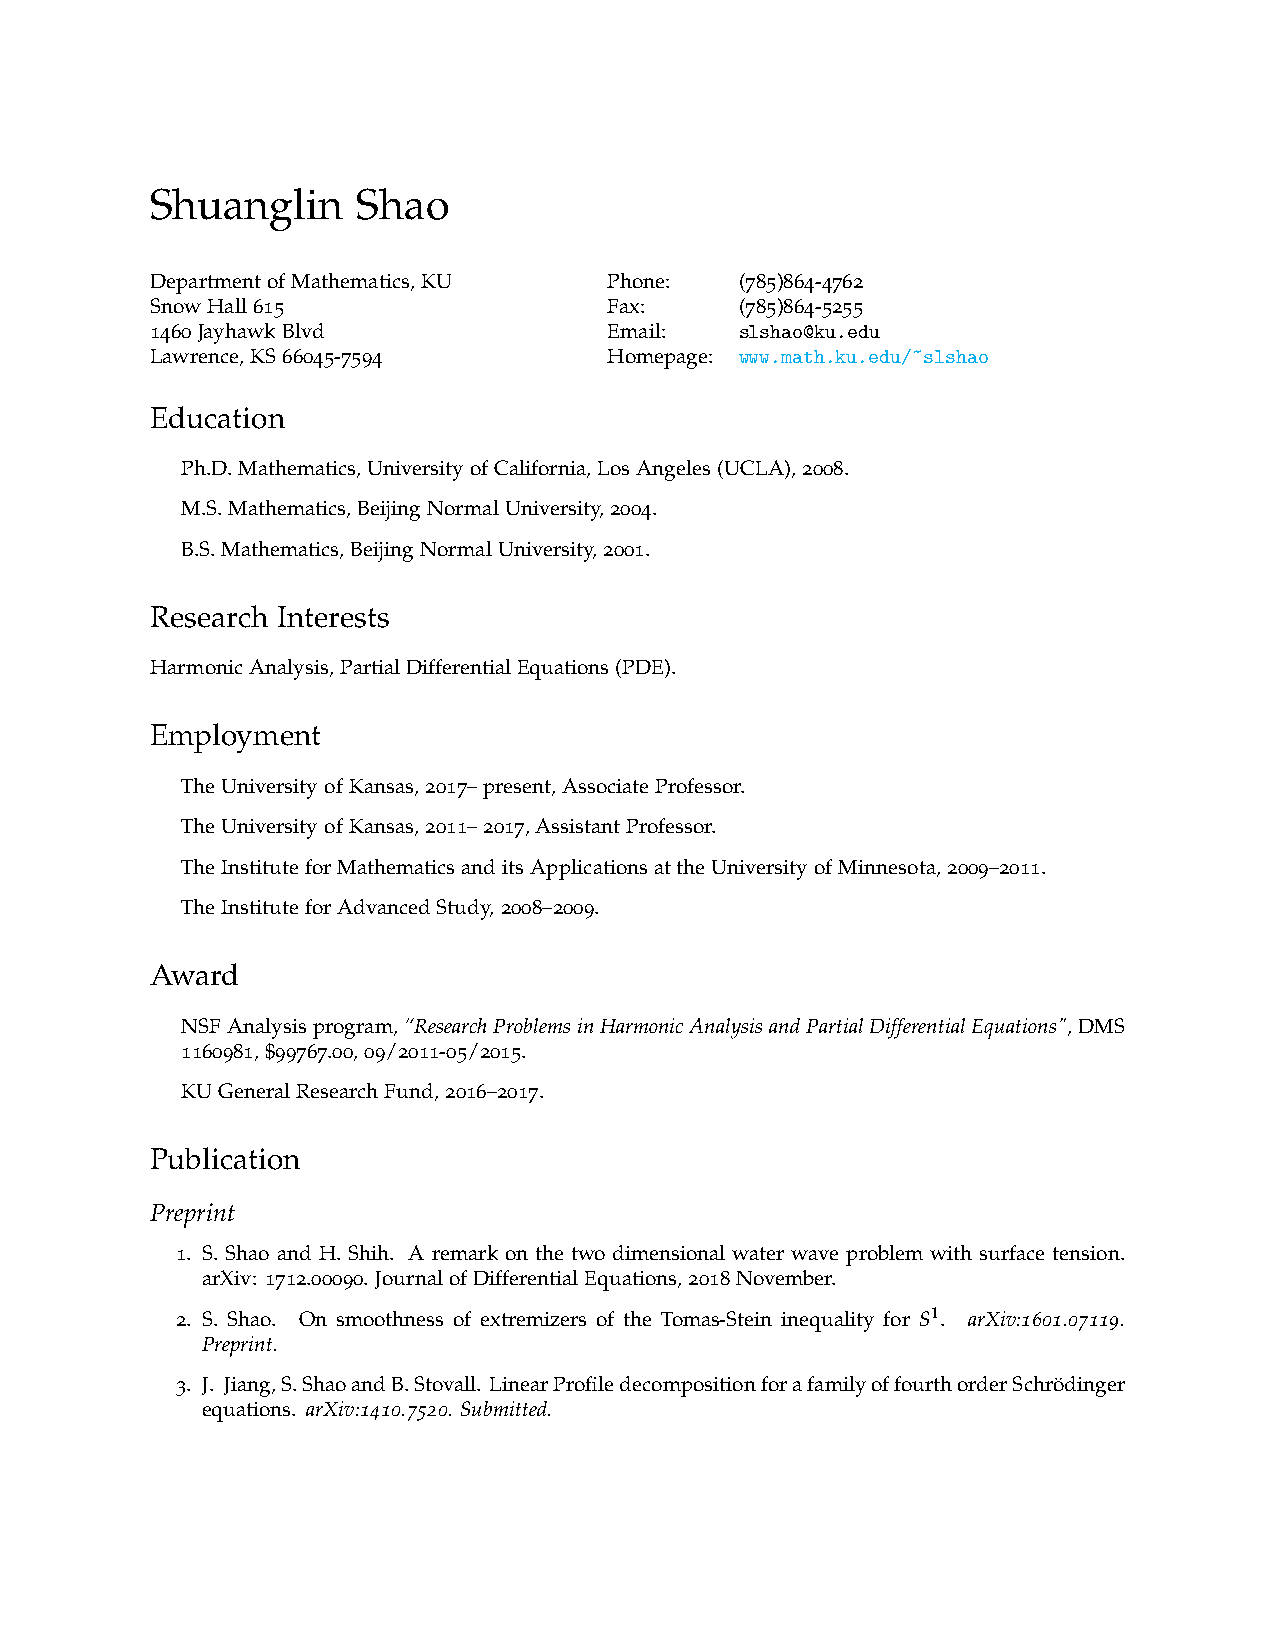
Shuanglin     Shao
 DepartmentofMathematics,KU    Phone:   (785)864-4762
 SnowHall615                   Fax:     (785)864-5255
 1460JayhawkBlvd               Email:   slshao@ku.edu
 Lawrence,KS66045-7594         Homepage: www.math.ku.edu/˜slshao
 Education
 Ph.D.Mathematics,UniversityofCalifornia,LosAngeles(UCLA),2008.
 M.S.Mathematics,BeijingNormalUniversity,2004.
 B.S.Mathematics,BeijingNormalUniversity,2001.
 Research Interests
 HarmonicAnalysis,PartialDifferentialEquations(PDE).
 Employment
 TheUniversityofKansas,2017–present,AssociateProfessor.
 TheUniversityofKansas,2011–2017,AssistantProfessor.
 TheInstituteforMathematicsanditsApplicationsattheUniversityofMinnesota,2009–2011.
 TheInstituteforAdvancedStudy,2008–2009.
 Award
 NSFAnalysisprogram,“ResearchProblemsinHarmonicAnalysisandPartialDifferentialEquations",DMS
 1160981,$99767.00,09/2011-05/2015.
 KUGeneralResearchFund,2016–2017.
 Publication
 Preprint
 1. S. Shao and H. Shih. A remark on the two dimensional water wave problem with surface tension.
 arXiv: 1712.00090. JournalofDifferentialEquations,2018November.
 2. S. Shao. On smoothness of extremizers of the Tomas-Stein inequality for S1. arXiv:1601.07119.
 Preprint.
 3. J. Jiang,S.ShaoandB.Stovall. LinearProfiledecompositionforafamilyoffourthorderSchrödinger
 equations. arXiv:1410.7520. Submitted.